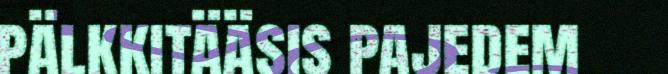
pälkkitääsis pajedem